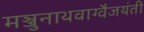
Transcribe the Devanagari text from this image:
मञ्जुनाथवाग्वैजयंती